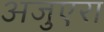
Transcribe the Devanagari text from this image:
अजुएरा